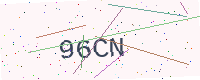
Text: 96CN